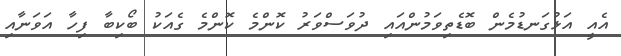
އެއީ އަޅުގަނޑުމެން ބޮޑެތިވަމުންއައި ދުވަސްވަރު ކޮންމެ ކޮންމެ ގެއަކު ބޯކިބާ ފިހާ އަވަނާއި